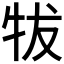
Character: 𰠮